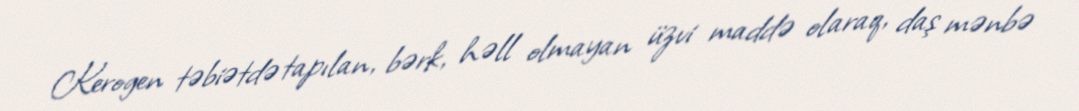
Kerogen təbiətdə tapılan, bərk, həll olmayan üzvi maddə olaraq, daş mənbə